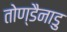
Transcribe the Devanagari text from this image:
तोण्डैनाडु